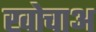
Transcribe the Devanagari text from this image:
खोचाअ